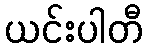
ယင်းပါတီ